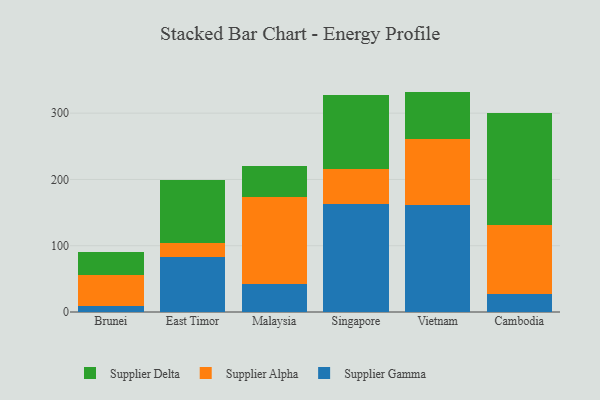
{"axis": {"x": "Country", "y": "Page Views"}, "legend": ["Supplier Alpha", "Supplier Delta", "Supplier Gamma"], "data": [{"x": "Brunei", "y": 9.7, "type": "Supplier Gamma"}, {"x": "Brunei", "y": 45.5, "type": "Supplier Alpha"}, {"x": "Brunei", "y": 35.5, "type": "Supplier Delta"}, {"x": "East Timor", "y": 82.4, "type": "Supplier Gamma"}, {"x": "East Timor", "y": 21.4, "type": "Supplier Alpha"}, {"x": "East Timor", "y": 95.1, "type": "Supplier Delta"}, {"x": "Malaysia", "y": 41.6, "type": "Supplier Gamma"}, {"x": "Malaysia", "y": 131.9, "type": "Supplier Alpha"}, {"x": "Malaysia", "y": 46.9, "type": "Supplier Delta"}, {"x": "Singapore", "y": 163.4, "type": "Supplier Gamma"}, {"x": "Singapore", "y": 53.1, "type": "Supplier Alpha"}, {"x": "Singapore", "y": 110.6, "type": "Supplier Delta"}, {"x": "Vietnam", "y": 161.3, "type": "Supplier Gamma"}, {"x": "Vietnam", "y": 99.6, "type": "Supplier Alpha"}, {"x": "Vietnam", "y": 71.7, "type": "Supplier Delta"}, {"x": "Cambodia", "y": 26.5, "type": "Supplier Gamma"}, {"x": "Cambodia", "y": 104.1, "type": "Supplier Alpha"}, {"x": "Cambodia", "y": 169.6, "type": "Supplier Delta"}]}